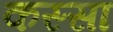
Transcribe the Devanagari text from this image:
कस्सा